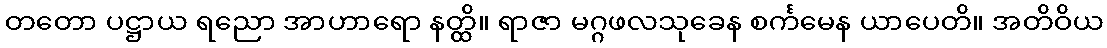
တတော ပဋ္ဌာယ ရညော အာဟာရော နတ္ထိ။ ရာဇာ မဂ္ဂဖလသုခေန စင်္ကမေန ယာပေတိ။ အတိဝိယ